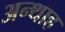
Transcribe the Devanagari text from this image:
अन्‍थाह